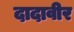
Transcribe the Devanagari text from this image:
दादावीर